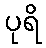
ပုရိ